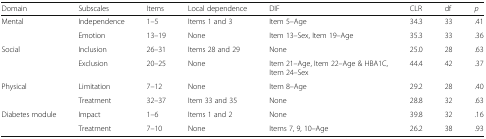
<table><thead><tr><td><b>Domain</b></td><td><b>Subscales</b></td><td><b>Items</b></td><td><b>Local dependence</b></td><td><b>DIF</b></td><td><b>CLR</b></td><td><b>df</b></td><td><b><i>p</i></b></td></tr></thead><tbody><tr><td rowspan="2">Mental</td><td>Independence</td><td>1–5</td><td>Items 1 and 3</td><td>Item 5–Age</td><td>34.3</td><td>33</td><td>.41</td></tr><tr><td>Emotion</td><td>13–19</td><td>None</td><td>Item 13–Sex, Item 19–Age</td><td>35.3</td><td>33</td><td>.36</td></tr><tr><td rowspan="2">Social</td><td>Inclusion</td><td>26–31</td><td>Items 28 and 29</td><td>None</td><td>25.0</td><td>28</td><td>.63</td></tr><tr><td>Exclusion</td><td>20–25</td><td>None</td><td>Item 21–Age, Item 22–Age &amp; HBA1C,Item 24–Sex</td><td>44.4</td><td>42</td><td>.37</td></tr><tr><td rowspan="2">Physical</td><td>Limitation</td><td>7–12</td><td>None</td><td>Item 8–Age</td><td>29.2</td><td>28</td><td>.40</td></tr><tr><td>Treatment</td><td>32–37</td><td>Item 33 and 35</td><td>None</td><td>28.8</td><td>32</td><td>.63</td></tr><tr><td rowspan="2">Diabetes module</td><td>Impact</td><td>1–6</td><td>Items 1 and 2</td><td>None</td><td>39.8</td><td>32</td><td>.16</td></tr><tr><td>Treatment</td><td>7–10</td><td>None</td><td>Items 7, 9, 10–Age</td><td>26.2</td><td>38</td><td>.93</td></tr></tbody></table>